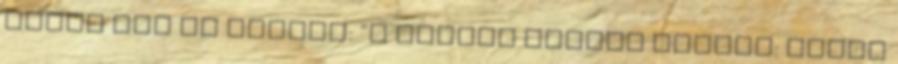
lepte meg az ostrom: "A fekete hapsik bírnak: Damon